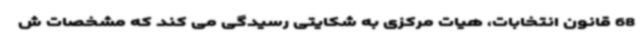
68 قانون انتخابات، هیات مرکزی به شکایتی رسیدگی می کند که مشخصات ش